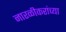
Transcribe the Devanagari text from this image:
नारळीकरांच्या